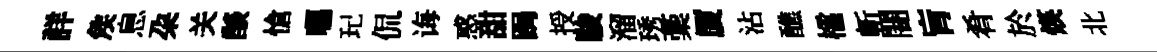
詳矦息朶关𦦨愴囑玘侃诲惑甜跼授駿溜琇稾厦沾醮櫺斬闇肓肴於煐北